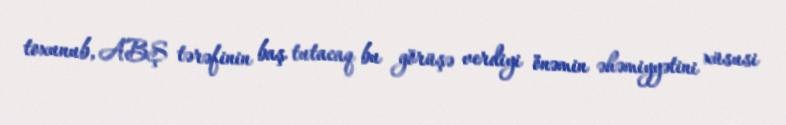
toxunub, ABŞ tərəfinin baş tutacaq bu görüşə verdiyi önəmin əhəmiyyətini xüsusi